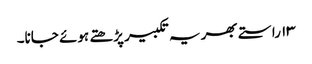
۱۳ راستے بھر یہ تکبیر پڑھتے ہوئے جانا۔